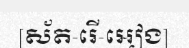
[ស័ត-រើ-អៀង]